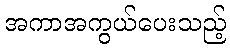
အကာအကွယ်ပေးသည့်